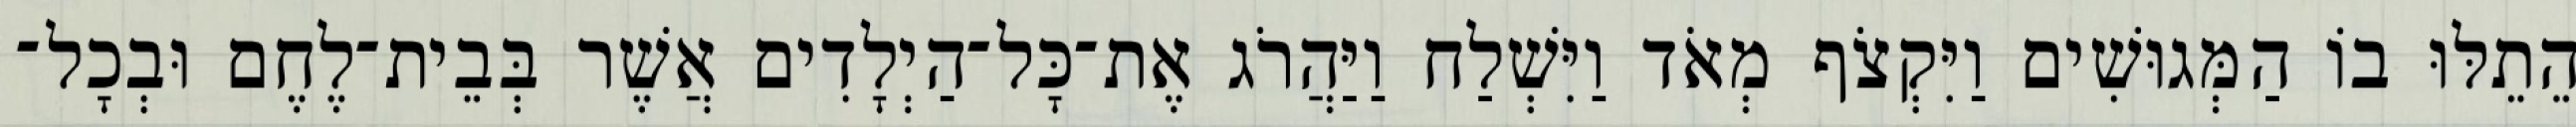
הֵתֵלּוּ בוֹ הַמְּגוּשִׁים וַיִּקְצֹף מְאֹד וַיִּשְׁלַח וַיַּהֲרֹג אֶת־כָּל־הַיְלָדִים אֲשֶׁר בְּבֵית־לֶחֶם וּבְכָל־